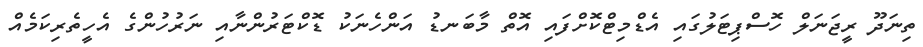
ތިނަދޫ ރީޖަނަލް ހޮސްޕިޓަލުގައި އެޑްމިޓްކޮށްފައި އޮތް މާބަނޑު އަންހެނަކު ޑޮކްޓަރުންނާއި ނަރުހުންގެ އެހީތެރިކަމެއް